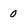
Character: o